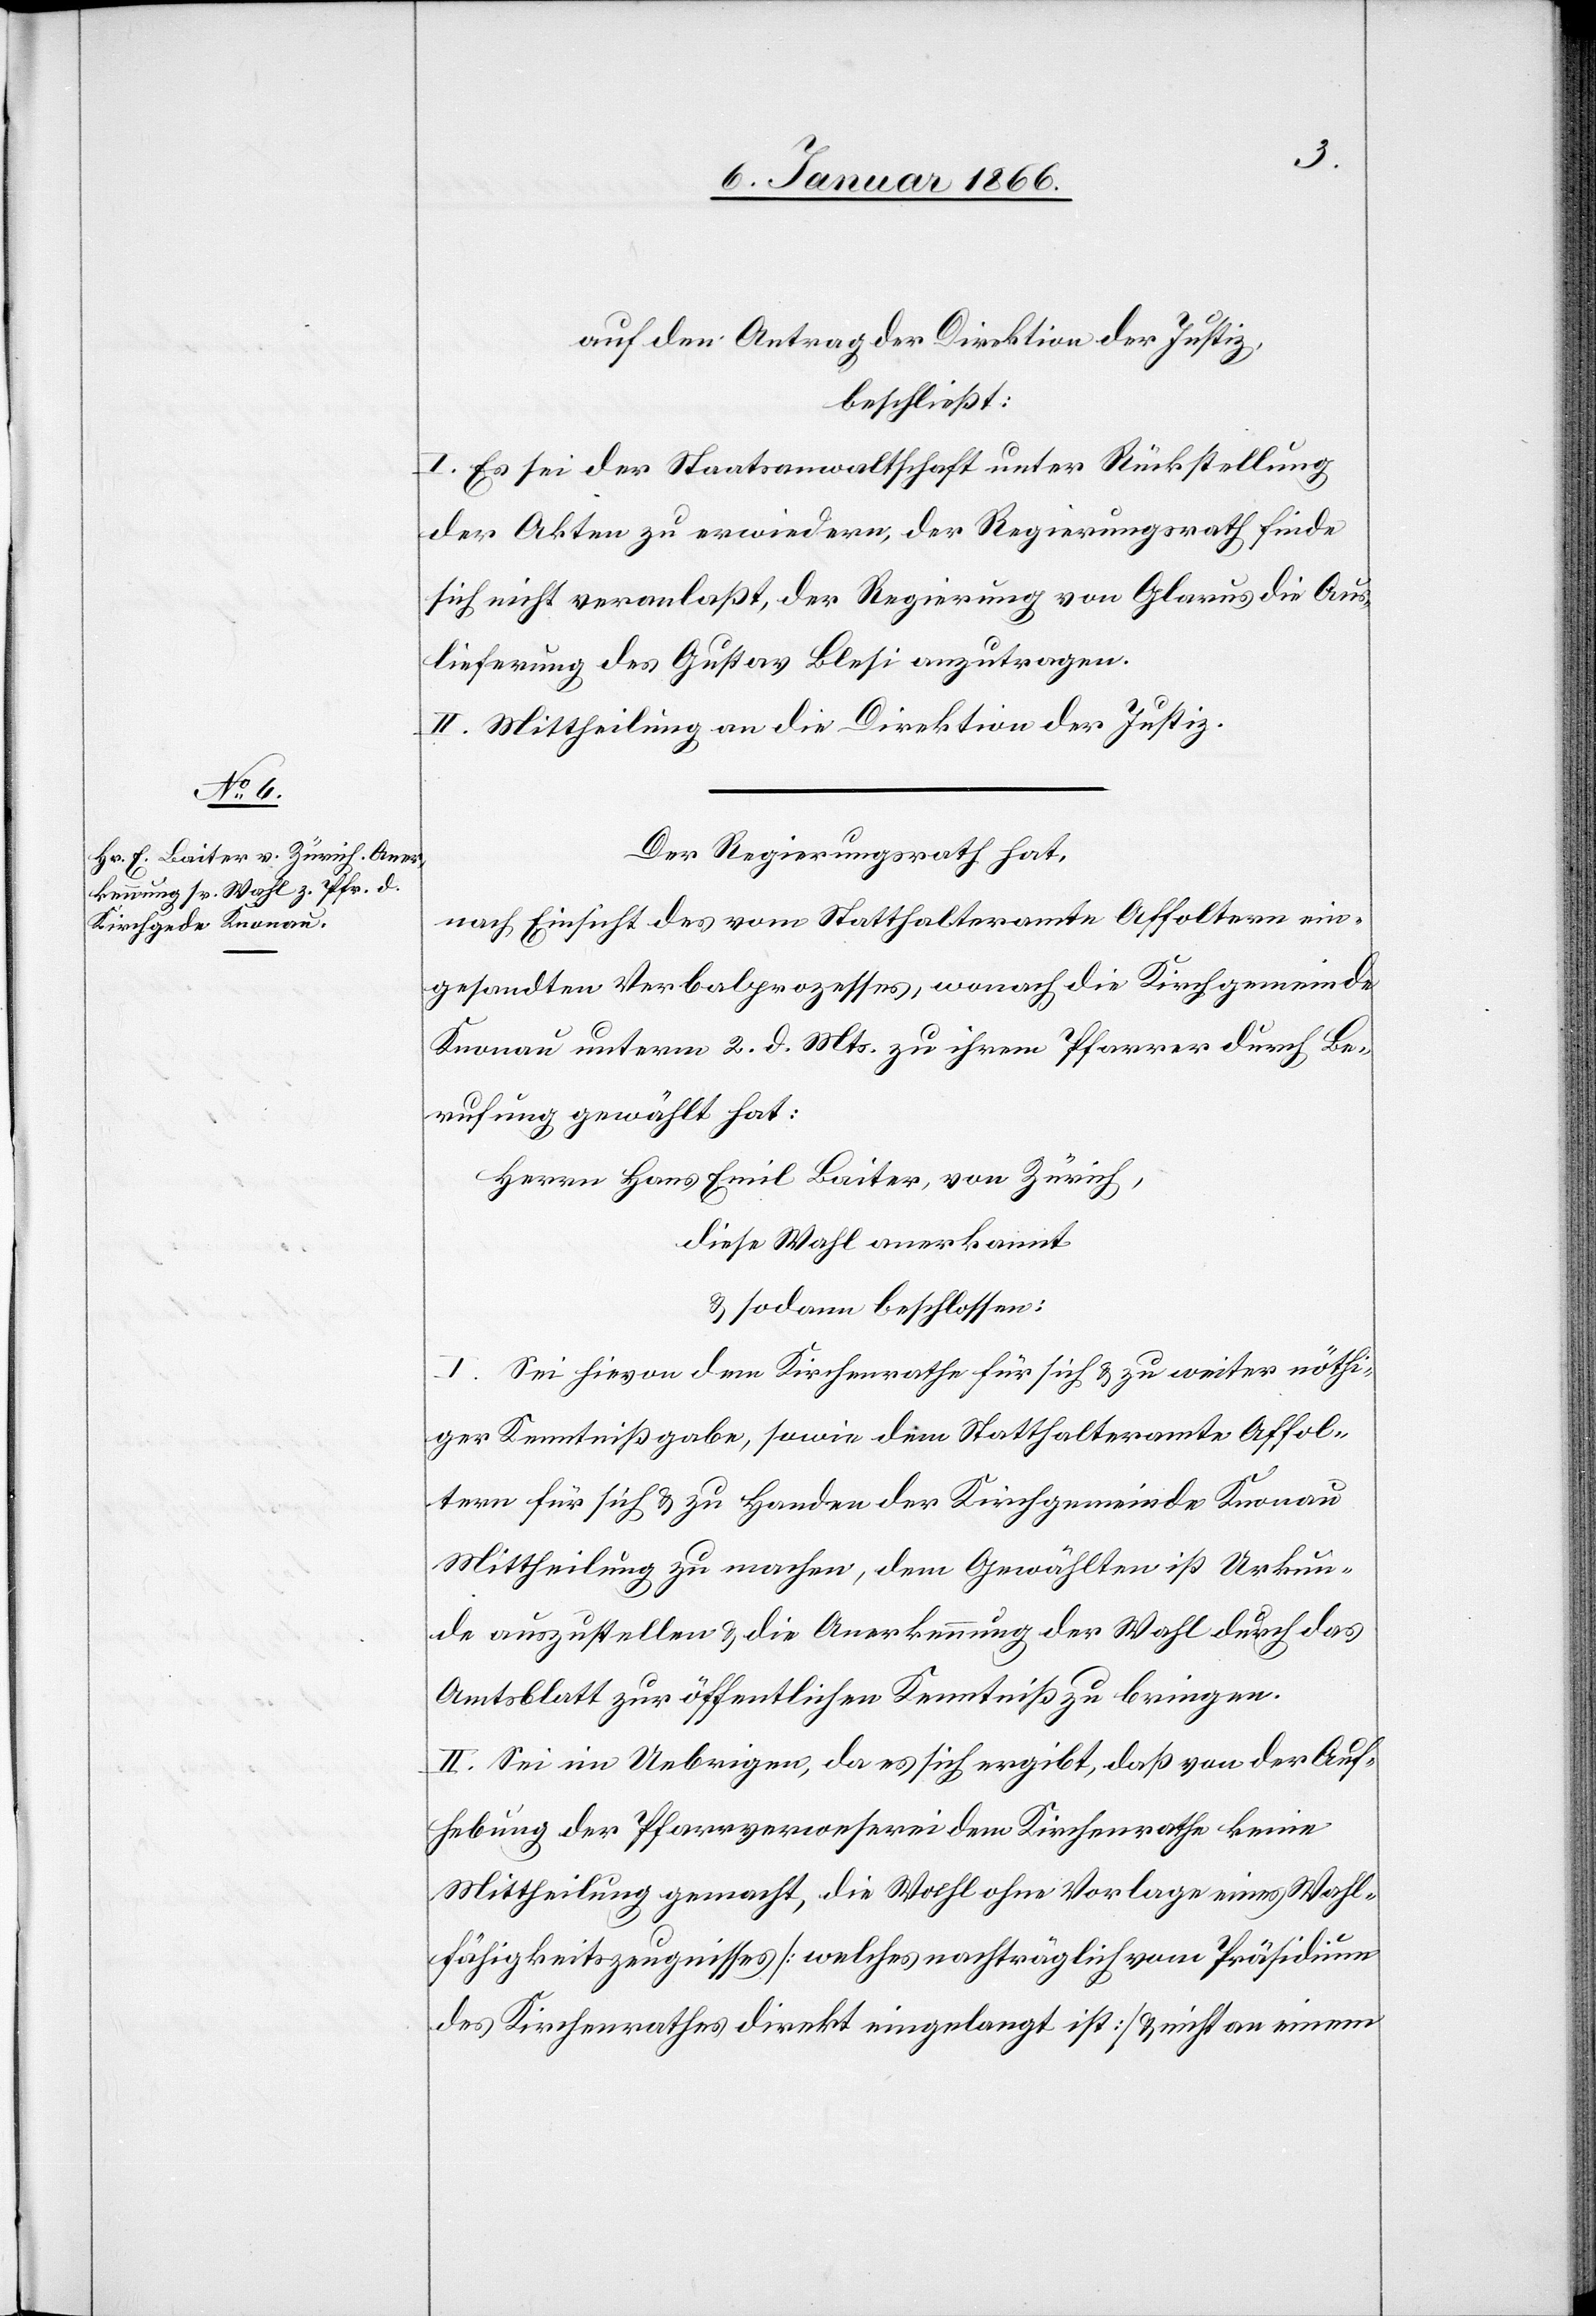
auf den Antrag der Direktion der Justiz,
beschließt:
I. Es sei der Staatsanwaltschaft unter Rückstellung
der Akten zu erwiedern, der Regierungsrath finde
sich nicht veranlaßt, der Regierung von Glarus die Aus¬
lieferung des Gustav Blesi anzutragen.
II. Mittheilung an die Direktion der Justiz.
Der Regierungsrath hat,
nach Einsicht des vom Statthalteramte Affoltern ein¬
gesandten Verbalprozesses, wonach die Kirchgemeinde
Knonau unterm 2. d. Mts. zu ihrem Pfarrer durch Be¬
rufung gewählt hat:
Herrn Hans Emil Baiter, von Zürich,
diese Wahl anerkannt
u. sodann beschlossen:
I. Sei hievon dem Kirchenrathe für sich u. zu weiter nöthi¬
ger Kenntnißgabe, sowie dem Statthalteramte Affol¬
tern für sich u. zu Handen der Kirchgemeinde Knonau
Mittheilung zu machen, dem Gewählten ist Urkun¬
de auszustellen u. die Anerkennung der Wahl durch das
Amtsblatt zur öffentlichen Kenntniß zu bringen.
II. Sei im Uebrigen, da es sich ergibt, daß von der Auf¬
hebung der Pfarrverweserei dem Kirchenrathe keine
Mittheilung gemacht, die Wahl ohne Vorlage eines Wahl¬
fähigkeitszeugnisses [welches nachträglich vom Präsidium
des Kirchenrathes direkt eingelangt ist] u. nicht an einem